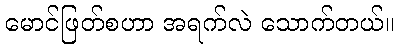
မောင်ဖြတ်စဟာ အရက်လဲ သောက်တယ်။